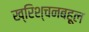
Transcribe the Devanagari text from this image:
ख्रिश्चनबहूल